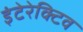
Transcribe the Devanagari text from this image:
इंटेरेक्टिव